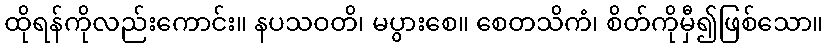
ထိုရန်ကိုလည်းကောင်း။ နပသဝတိ၊ မပွားစေ။ စေတသိကံ၊ စိတ်ကိုမှီ၍ဖြစ်သော။